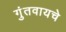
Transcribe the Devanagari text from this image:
गुंतवायचे